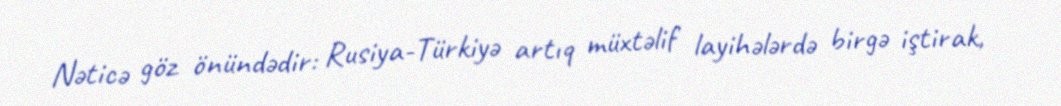
Nəticə göz önündədir: Rusiya-Türkiyə artıq müxtəlif layihələrdə birgə iştirak,